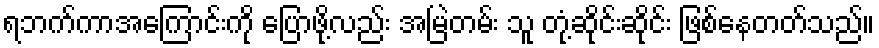
ရဘက်ကာအကြောင်းကို ပြောဖို့လည်း အမြဲတမ်း သူ တုံ့ဆိုင်းဆိုင်း ဖြစ်နေတတ်သည်။